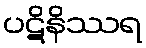
ပဋိနိဿရ